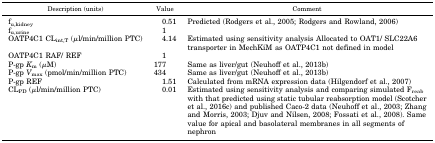
<table><thead><tr><td><b>Description (units)</b></td><td><b>Value</b></td><td><b>Comment</b></td></tr></thead><tbody><tr><td>f<sub>u,kidney</sub></td><td>0.51</td><td>Predicted (Rodgers et al., 2005; Rodgers and Rowland, 2006)</td></tr><tr><td>f<sub>u,urine</sub></td><td>1</td><td></td></tr><tr><td>OATP4C1 CL<sub>int,T</sub> (<i>μ</i>l/min/million PTC)</td><td>4.14</td><td>Estimated using sensitivity analysis Allocated to OAT1/ SLC22A6 transporter in MechKiM as OATP4C1 not defined in model</td></tr><tr><td>OATP4C1 RAF/ REF</td><td>1</td><td></td></tr><tr><td>P-gp <i>K</i><sub>m</sub> (<i>μ</i>M)</td><td>177</td><td>Same as liver/gut (Neuhoff et al., 2013b)</td></tr><tr><td>P-gp <i>V</i><sub>max</sub> (pmol/min/million PTC)</td><td>434</td><td>Same as liver/gut (Neuhoff et al., 2013b)</td></tr><tr><td>P-gp REF</td><td>1.51</td><td>Calculated from mRNA expression data (Hilgendorf et al., 2007)</td></tr><tr><td>CL<sub>PD</sub> (<i>μ</i>l/min/million PTC)</td><td>0.01</td><td>Estimated using sensitivity analysis and comparing simulated F<sub>reab</sub> with that predicted using static tubular reabsorption model (Scotcher et al., 2016c) and published Caco-2 data (Neuhoff et al., 2003; Zhang and Morris, 2003; Djuv and Nilsen, 2008; Fossati et al., 2008). Same value for apical and basolateral membranes in all segments of nephron</td></tr></tbody></table>